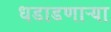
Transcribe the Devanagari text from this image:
धडाडणाऱ्या